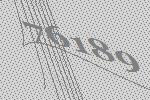
76189